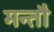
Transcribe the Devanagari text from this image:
मन्तौ